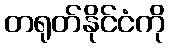
တရုတ်နိုင်ငံကို